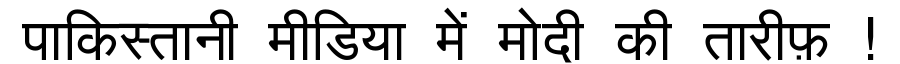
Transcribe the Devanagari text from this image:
पाकिस्तानी मीडिया में मोदी की तारीफ़ !